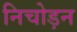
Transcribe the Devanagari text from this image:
निचोड़न